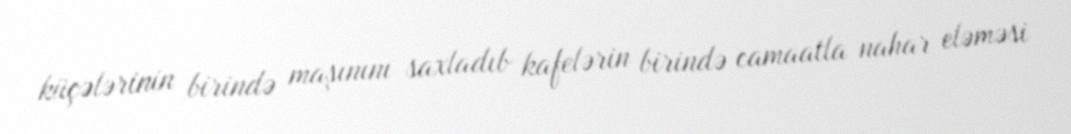
küçələrinin birində maşınını saxladıb kafelərin birində camaatla nahar eləməsi